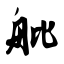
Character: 舭